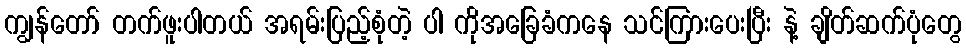
ကျွန်တော် တက်ဖူးပါတယ် အရမ်းပြည့်စုံတဲ့ ပါ ကိုအခြေခံကနေ သင်ကြားပေးပြီး နဲ့ ချိတ်ဆက်ပုံတွေ